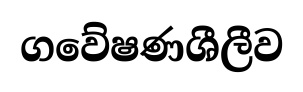
ගවේෂණශීලීව